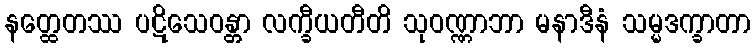
နတ္ထေတဿ ပဋိသေဝန္တာ လက္ခီယတီတိ သုဝဏ္ဏာဘာ မနာဒီနံ သမ္မဒက္ခာတာ